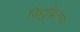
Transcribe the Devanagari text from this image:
विद्युद्विलेष्य